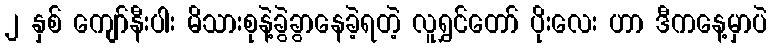
၂ နှစ် ကျော်နီးပါး မိသားစုနဲ့ခွဲခွာနေခဲ့ရတဲ့ လူရွှင်တော် ပိုးလေး ဟာ ဒီကနေ့မှာပဲ